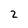
Character: 2